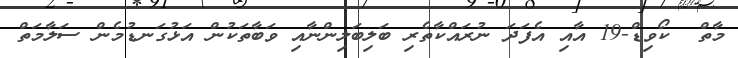
މާތް  ކޯވިޑް-19 އާއި އެފަދަ ނުރައްކާތެރި ބަލިބަލިންނާއި ވަބާތަކުން އަޅުގަނޑުމެން ސަލާމަތް